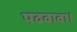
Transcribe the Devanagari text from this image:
पढवावा।